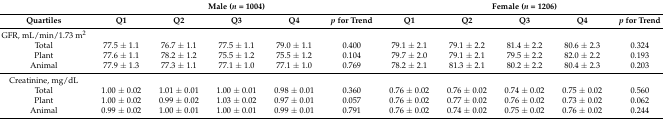
<table><thead><tr><td></td><td colspan="5"><b>Male (<i>n</i> = 1004)</b></td><td colspan="5"><b>Female (<i>n</i> = 1206)</b></td></tr><tr><td><b>Quartiles</b></td><td><b>Q1</b></td><td><b>Q2</b></td><td><b>Q3</b></td><td><b>Q4</b></td><td><b><i>p</i> for Trend</b></td><td><b>Q1</b></td><td><b>Q2</b></td><td><b>Q3</b></td><td><b>Q4</b></td><td><b><i>p</i> for Trend</b></td></tr></thead><tbody><tr><td>GFR, mL/min/1.73 m<sup>2</sup></td><td></td><td></td><td></td><td></td><td></td><td></td><td></td><td></td><td></td><td></td></tr><tr><td>Total</td><td>77.5 ± 1.1</td><td>76.7 ± 1.1</td><td>77.5 ± 1.1</td><td>79.0 ± 1.1</td><td>0.400</td><td>79.1 ± 2.1</td><td>79.1 ± 2.2</td><td>81.4 ± 2.2</td><td>80.6 ± 2.3</td><td>0.324</td></tr><tr><td>Plant</td><td>77.6 ± 1.1</td><td>78.2 ± 1.2</td><td>75.5 ± 1.2</td><td>75.5 ± 1.2</td><td>0.104</td><td>79.7 ± 2.0</td><td>79.1 ± 2.1</td><td>79.5 ± 2.2</td><td>82.0 ± 2.2</td><td>0.193</td></tr><tr><td>Animal</td><td>77.9 ± 1.3</td><td>77.3 ± 1.1</td><td>77.1 ± 1.0</td><td>77.1 ± 1.0</td><td>0.769</td><td>78.2 ± 2.1</td><td>81.3 ± 2.1</td><td>80.2 ± 2.2</td><td>80.4 ± 2.3</td><td>0.203</td></tr><tr><td>Creatinine, mg/dL</td><td></td><td></td><td></td><td></td><td></td><td></td><td></td><td></td><td></td><td></td></tr><tr><td>Total</td><td>1.00 ± 0.02</td><td>1.01 ± 0.01</td><td>1.00 ± 0.01</td><td>0.98 ± 0.01</td><td>0.360</td><td>0.76 ± 0.02</td><td>0.76 ± 0.02</td><td>0.74 ± 0.02</td><td>0.75 ± 0.02</td><td>0.560</td></tr><tr><td>Plant</td><td>1.00 ± 0.02</td><td>0.99 ± 0.02</td><td>1.03 ± 0.02</td><td>0.97 ± 0.01</td><td>0.057</td><td>0.76 ± 0.02</td><td>0.77 ± 0.02</td><td>0.76 ± 0.02</td><td>0.73 ± 0.02</td><td>0.062</td></tr><tr><td>Animal</td><td>0.99 ± 0.02</td><td>1.00 ± 0.01</td><td>1.00 ± 0.01</td><td>0.99 ± 0.01</td><td>0.791</td><td>0.76 ± 0.02</td><td>0.74 ± 0.02</td><td>0.75 ± 0.02</td><td>0.76 ± 0.02</td><td>0.244</td></tr></tbody></table>